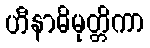
ဟီနာဓိမုတ္တိကာ